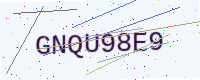
Text: GNQU98E9